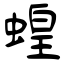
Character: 蝗